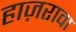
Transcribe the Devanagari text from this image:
हाज़रावा